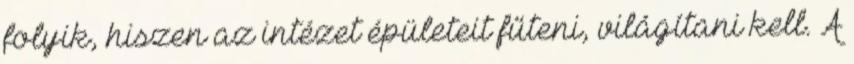
folyik, hiszen az intézet épületeit fűteni, világítani kell. A